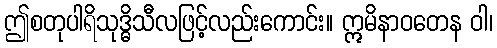
ဤစတုပါရိသုဒ္ဓိသီလဖြင့်လည်းကောင်း။ ဣမိနာဝတေန ဝါ၊